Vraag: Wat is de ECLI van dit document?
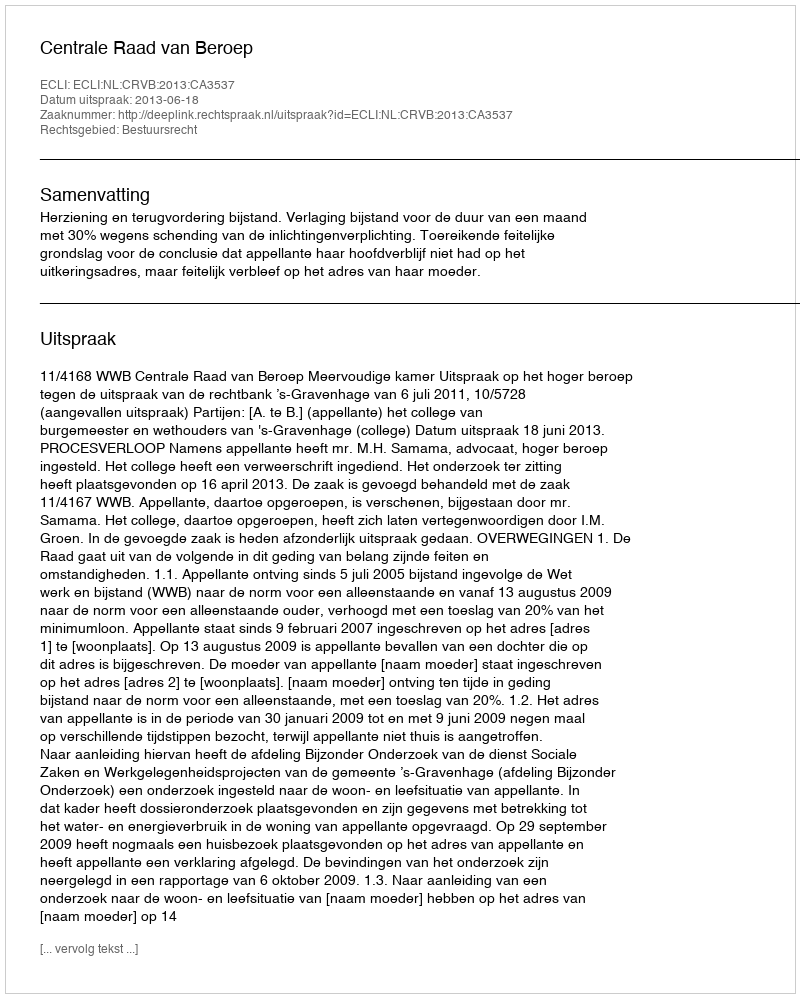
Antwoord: ECLI:NL:CRVB:2013:CA3537